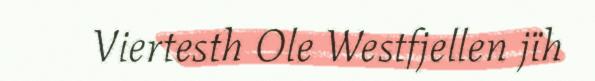
Viertesth Ole Westfjellen jïh